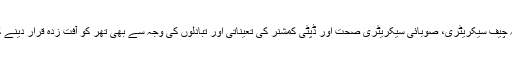
ان کا کہنا ہے کہ چیف سیکریٹری، صوبائی سیکریٹری صحت اور ڈپٹی کمشنر کی تعیناتی اور تبادلوں کی وجہ سے بھی تھر کو آفت زدہ قرار دینے کا عمل متاثر ہوا۔